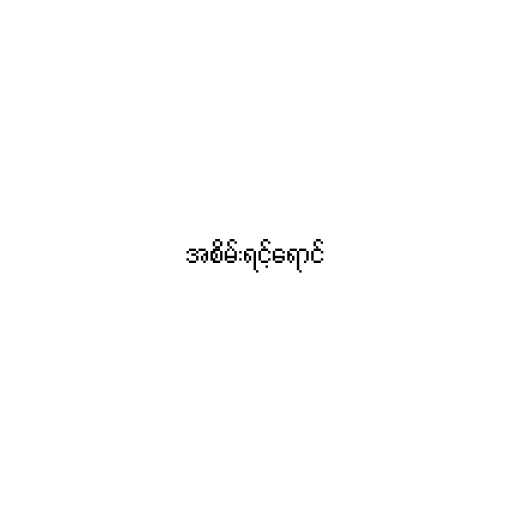
အစိမ်းရင့်ရောင်